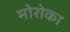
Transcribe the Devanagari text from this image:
मोरोका